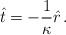
\begin{align*}\hat t=-\frac{1}{\kappa}\hat r\,.\end{align*}